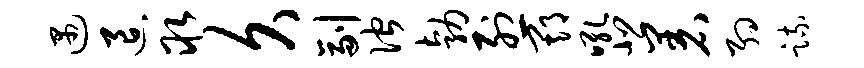
遇退取久副伫勃烈期吼悲着约疏